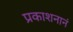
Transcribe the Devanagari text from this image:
प्रकाशनानं